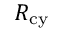
R _ { \mathrm { c y } }